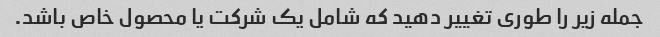
جمله زیر را طوری تغییر دهید که شامل یک شرکت یا محصول خاص باشد.